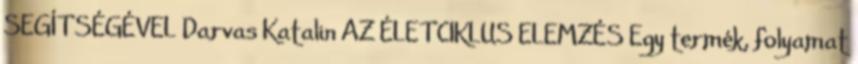
SEGÍTSÉGÉVEL Darvas Katalin AZ ÉLETCIKLUS ELEMZÉS Egy termék, folyamat